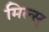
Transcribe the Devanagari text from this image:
मिल्स्